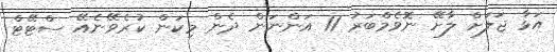
އަޅާ ޖަލަށް ލާށޭ ނޮވެމްބަރު 11 އަންނަން ދެން މިކަން ކުރެވޭނެއޭ ސްޓޭޓް